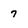
Character: 7